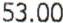
53.00